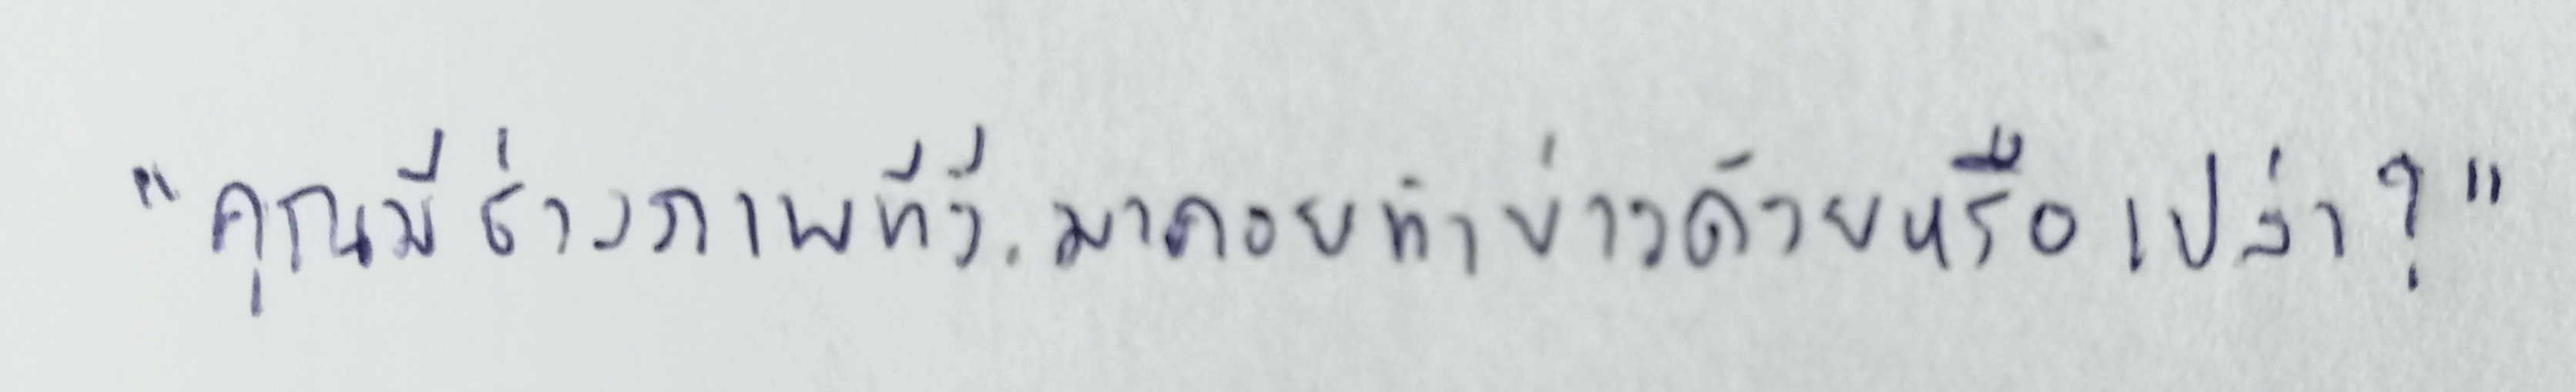
"คุณมีช่างภาพทีวี.มาคอยทำข่าวด้วยหรือเปล่า?"